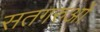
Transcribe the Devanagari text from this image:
सतगरुओं